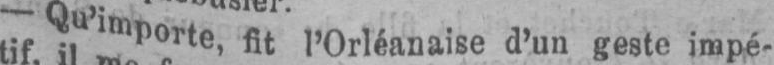
- Qu’importe, fit l’Orléanaise d’un geste impé-